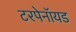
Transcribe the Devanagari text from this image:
टरपेनॉयड